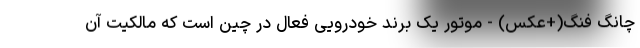
چانگ فنگ(+عکس) - موتور یک برند خودرویی فعال در چین است که مالکیت آن